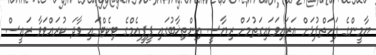
ޔާމީންގެ ފަހަތްޕުޅަށް އަރައިވަޑައިގަތުމަށް ރިޔާސީ އިންތިޚާބުގައި ޕީޕީއެމްގެ ޓިކެޓްގައި ވާދަ ކުރައްވަވާ ރައީސް